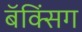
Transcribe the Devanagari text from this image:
बॅक्सिंग